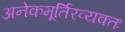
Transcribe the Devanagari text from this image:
अनेकमूर्तिरव्यक्तः